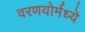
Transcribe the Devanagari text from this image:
वरणयोर्मध्ये